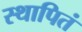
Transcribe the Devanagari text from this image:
स्थापितं